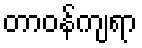
တာဝန်ကျရာ